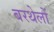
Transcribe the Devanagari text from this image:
बरथेलों